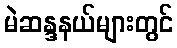
မဲဆန္ဒနယ်များတွင်